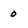
Character: 0